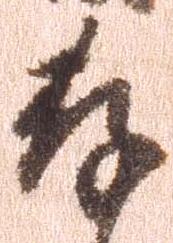
存